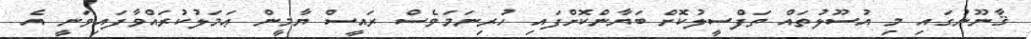
ޤާނޫނުގައި މި އުސޫލުތައް ތަފްސީލުކޮށް ބަޔާންކޮށްފައި ހުރިނަމަވެސް ރައީސް ޔާމީން ޢަމަލުކުރައްވާފައިވަނީ އެ